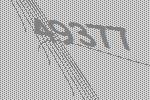
49377